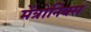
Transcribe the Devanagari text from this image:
मेंत्रोनिक्स